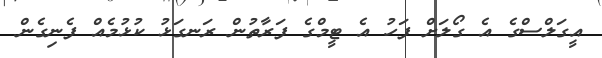
އީގަލްސްގެ އެ ގޯލަށް ފަހު އެ ޓީމްގެ ފަރާތުން ރަނގަޅު ކުޅުމެއް ފެނިގެން